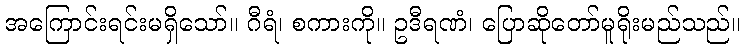
အကြောင်းရင်းမရှိသော်။ ဂီရံ၊ စကားကို။ ဥဒီရဏံ၊ ပြောဆိုတော်မူရိုးမည်သည်။